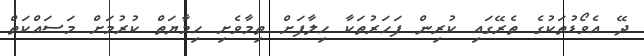
ދޭ އެވޯޑުތަކުގެ ތެރޭގައި ކުރިން ފަހަރުތަކާ ހިލާފަށް ތިމާވެށި ހިމާޔަތް ކުރުމަށް މަސައްކަތް